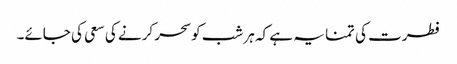
فطرت کی تمنا یہ ہے کہ ہر شب کو سحر کرنے کی سعی کی جائے۔